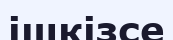
ішкізсе